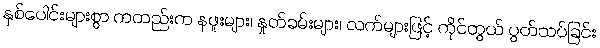
နှစ်ပေါင်းများစွာ ကတည်းက နဖူးများ၊ နှုတ်ခမ်းများ၊ လက်များဖြင့် ကိုင်တွယ် ပွတ်သပ်ခြင်း